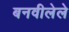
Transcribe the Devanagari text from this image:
बनवीलेले